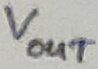
Text: VOUT